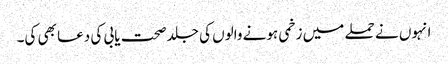
انہوں نے حملے میں زخمی ہونے والوں کی جلد صحت یابی کی دعا بھی کی۔